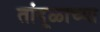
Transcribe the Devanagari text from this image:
तांदूळाच्या